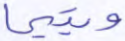
ويتيما